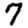
Digit: 7